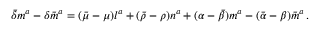
{ \bar { \delta } } m ^ { a } - \delta { \bar { m } } ^ { a } = ( { \bar { \mu } } - \mu ) l ^ { a } + ( { \bar { \rho } } - \rho ) n ^ { a } + ( \alpha - { \bar { \beta } } ) m ^ { a } - ( { \bar { \alpha } } - \beta ) { \bar { m } } ^ { a } \, .